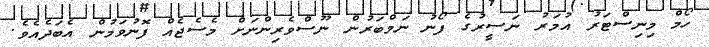
ހޯމް މިނިސްޓަރު އުމަރު ނަސީރުގެ ފޯނު ނަމްބަރުން ނޫސްވެރިންނަށް މެސެޖެއް ފޮނުވަމުން އެބަދެއެވެ.